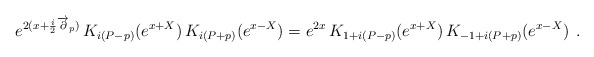
\begin{align*}e^{2(x+{\frac{i}{2}}\overrightarrow{\partial }_{p})}\,K_{i\left(P-p\right)}(e^{x+X})\,K_{i\left( P+p\right) }(e^{x-X})=e^{2x}\,K_{1+i\left(P-p\right)}(e^{x+X})\,K_{-1+i\left( P+p\right) }(e^{x-X})\,\;. \end{align*}